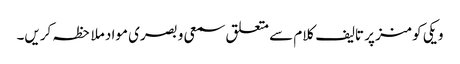
ویکی کومنز پر تالیف کلام سے متعلق سمعی و بصری مواد ملاحظہ کریں۔